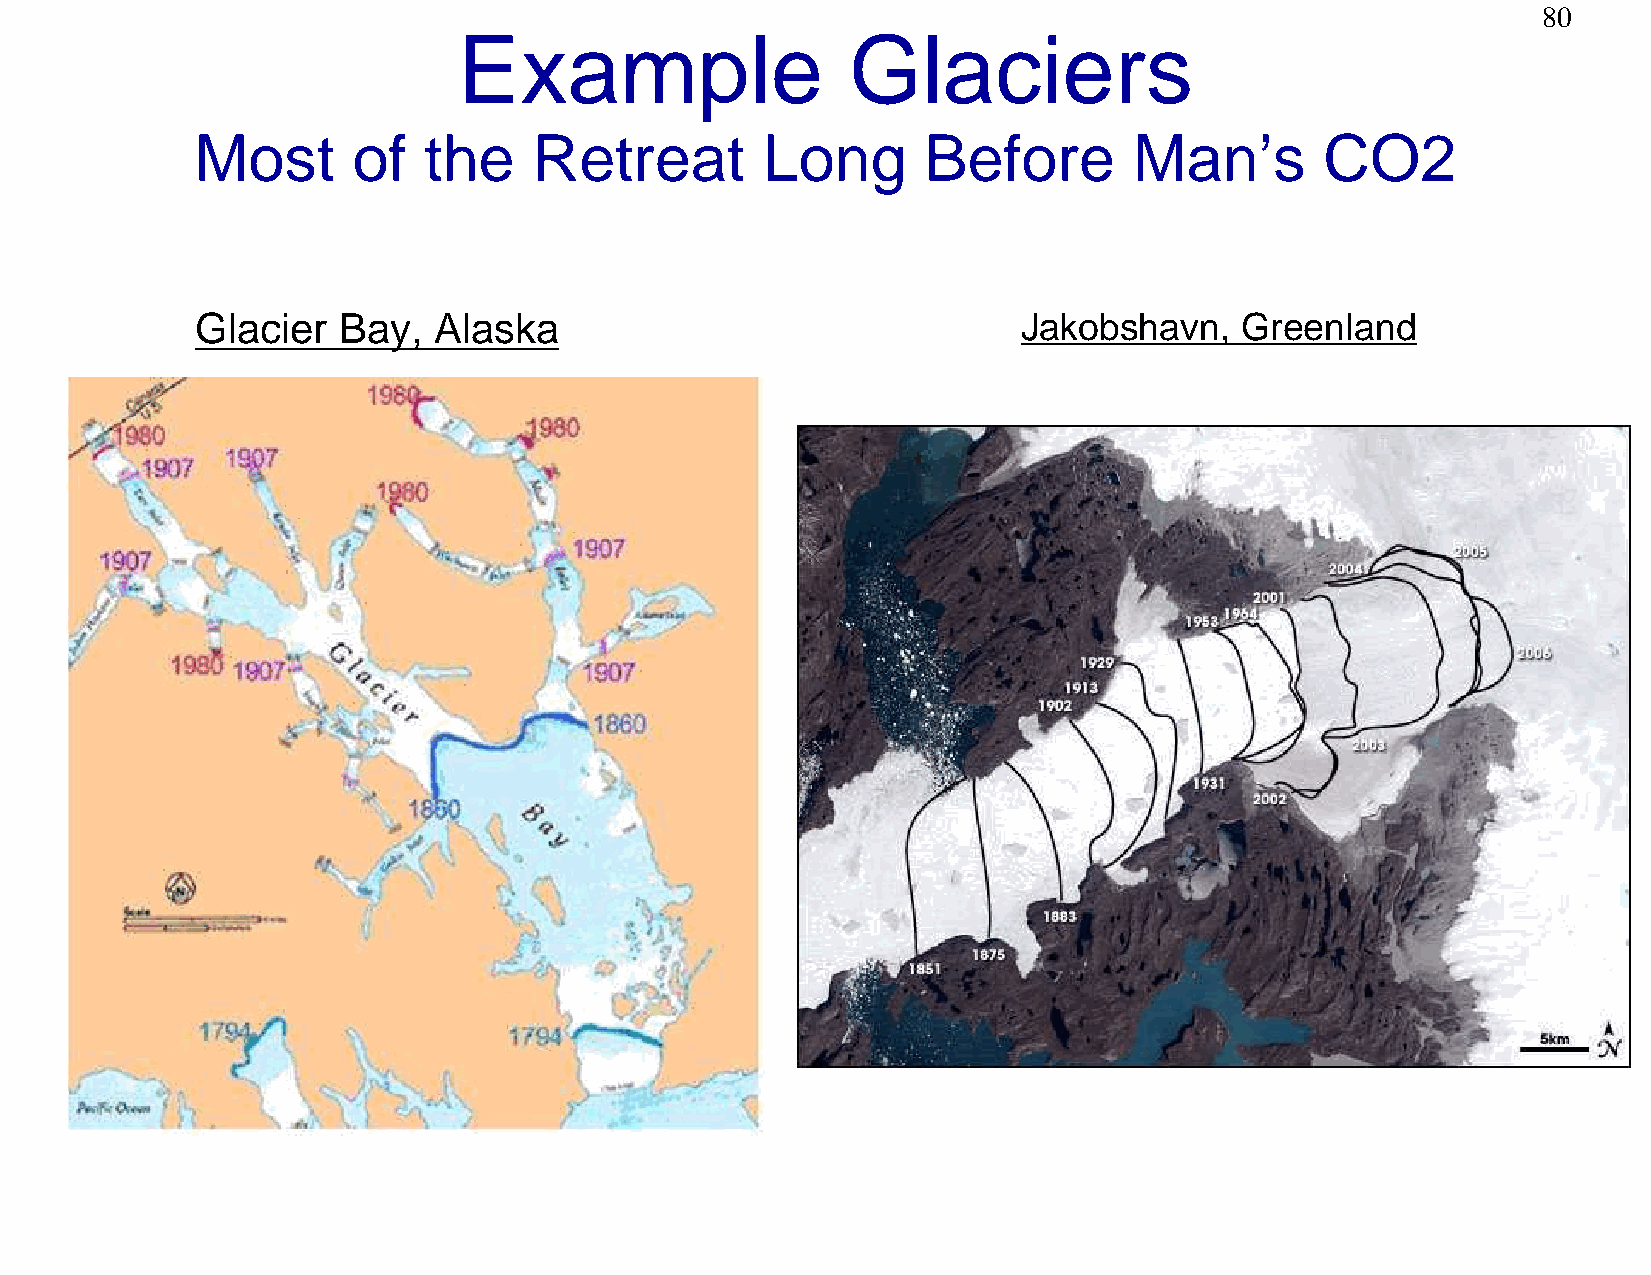
80
 Example                   Glaciers
 Most      of   the    Retreat        Long       Before        Man’s        CO2
 Glacier  Bay,   Alaska                                 Jakobshavn,   Greenland